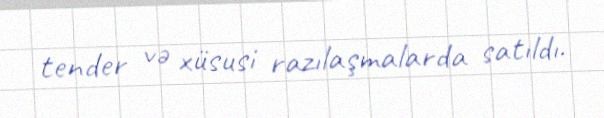
tender və xüsusi razılaşmalarda satıldı.